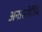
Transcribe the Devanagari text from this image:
अनास्सेर्तिवे